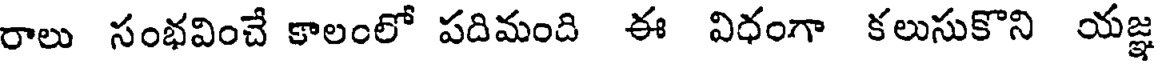
రాలు సంభవించే కాలంలో పదిమంది ఈ విధంగా కలుసుకొని యజ్ఞ